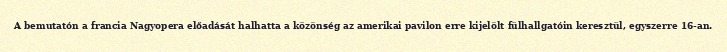
A bemutatón a francia Nagyopera előadását halhatta a közönség az amerikai pavilon erre kijelölt fülhallgatóin keresztül, egyszerre 16-an.